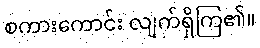
စကားကောင်း လျက်ရှိကြ၏။